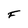
Character: F